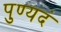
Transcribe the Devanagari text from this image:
पुण्यदं